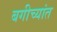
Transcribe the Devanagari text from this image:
बगीच्यांत